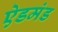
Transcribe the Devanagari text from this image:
ऐडमंड